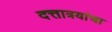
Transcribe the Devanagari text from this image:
दत्तात्रयांचा